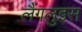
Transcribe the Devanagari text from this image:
लैंगलुइस